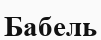
Бабель